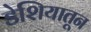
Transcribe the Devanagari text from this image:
डेशियातून